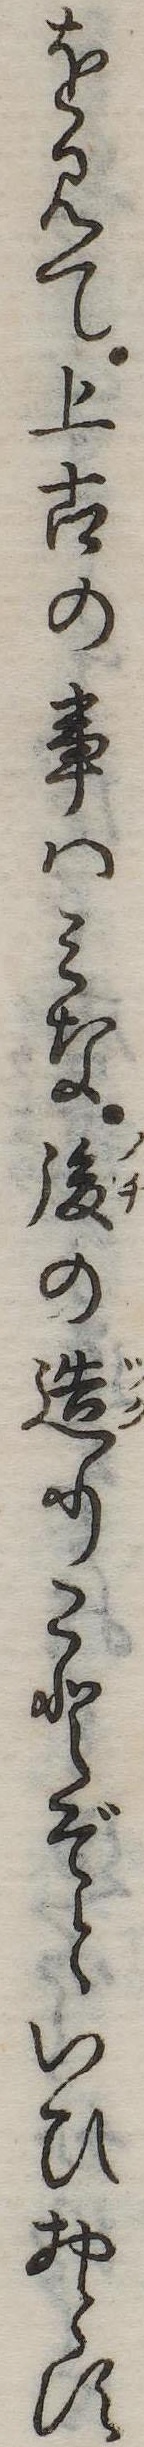
を見て上古の事はみな後の造りことぞといひおとす